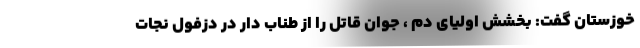
خوزستان گفت: بخشش اولیای دم ، جوان قاتل را از طناب دار در دزفول نجات